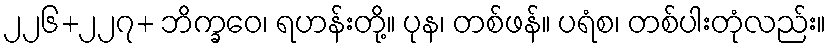
၂၂၆+၂၂၇+ ဘိက္ခဝေ၊ ရဟန်းတို့။ ပုန၊ တစ်ဖန်။ ပရံစ၊ တစ်ပါးတုံလည်း။